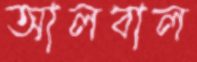
আলবাল